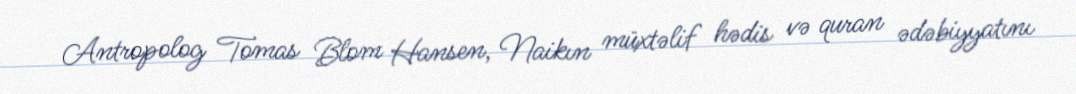
Antropolog Tomas Blom Hansen, Naikın müxtəlif hədis və quran ədəbiyyatını